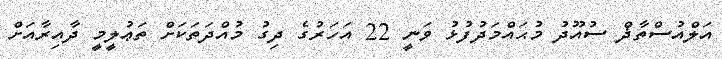
އަލްއުސްތާޛް ސުއޫދު މުޙައްމަދުފުޅު ވަނީ 22 އަހަރުގެ ދިގު މުއްދަތަކަށް ތަޢުލީމީ ދާއިރާއަށް